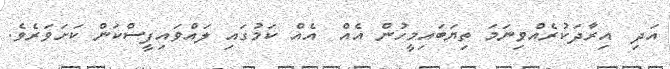
އަދި  އިރާދަކުރެއްވިނަމަ ތިޔަބައިމީހުން އެއް  އެއް ކަމުގައި ލައްވައިފީސްކަން ކަށަވަރެވެ.